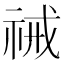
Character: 祴